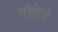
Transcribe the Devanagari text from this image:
गोदेचे